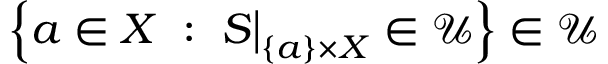
\left\{ a \in X ~ : ~ S { \big \vert } _ { \{ a \} \times X } \in { \mathcal { U } } \right\} \in { \mathcal { U } }